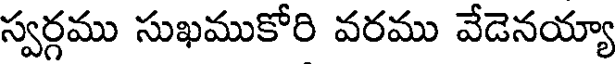
స్వర్గము సుఖముకోరి వరము వేడెనయ్యా